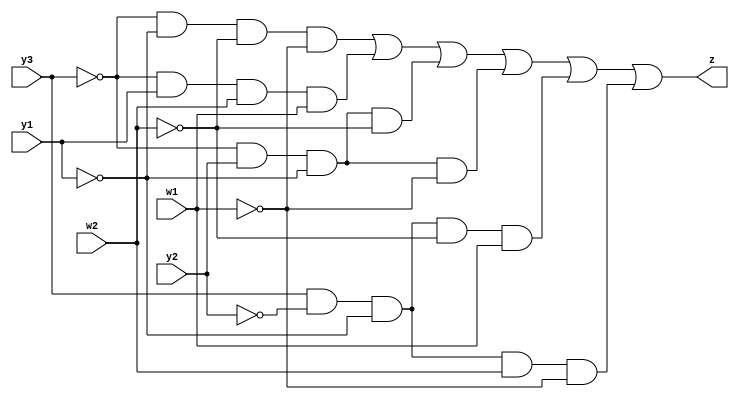
module Y1(y3, y2, y1, w2, w1, z);
	input y3, y2, y1, w2, w1;
	output z;
	
	assign z = (~y3 & ~y1 & ~w2 & ~w1) | (~y3 & y1 & w2 & w1) | (~y3 & y2 & ~y1 & ~w2) | (~y3 & y2 & ~y1 & ~w1) | (y3 & ~y2 & ~y1 & ~w2 & w1) | (y3 & ~y2 & ~y1 & w2 & ~w1);
	
endmodule